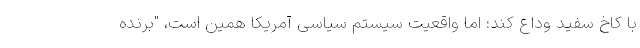
با کاخ سفید وداع کند؛ اما واقعیت سیستم سیاسی آمریکا همین است، "برنده